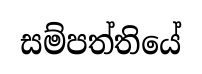
සම්පත්තියේ